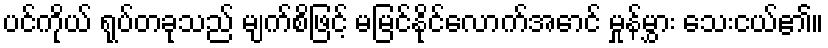
ပင်ကိုယ် ရုပ်တခုသည် မျက်စိဖြင့် မမြင်နိုင်လောက်အောင် မှုန်မွှား သေးငယ်၏။